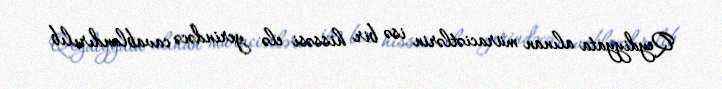
Qeydiyyata alınan müraciətlərin isə bir hissəsi elə yerindəcə cavablandırılıb